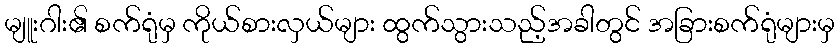
မျူးဂါး၏ စက်ရုံမှ ကိုယ်စားလှယ်များ ထွက်သွားသည့်အခါတွင် အခြားစက်ရုံများမှ